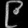
Digit: ၉